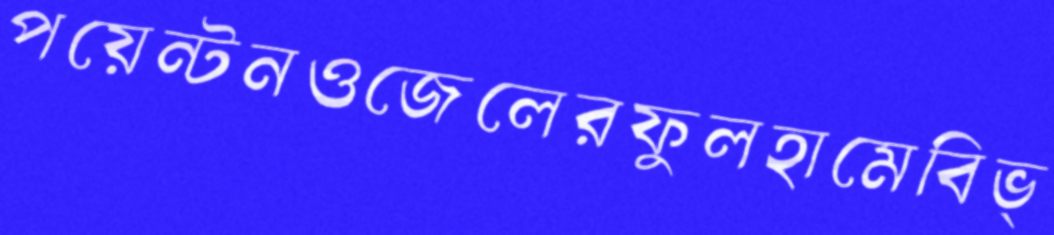
পয়েন্টনওজেলেরফুলহামেবিভ্